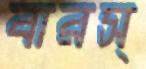
বারস্